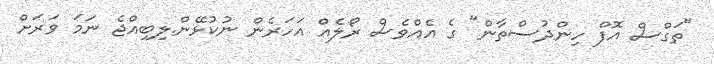
"ތަގްސް އޮފް ހިންދުސްތާން" ގެ އެއްވެސް ރޯލެއް އަހަރެން ނުކުޅޭން.ލިބިއްޖެ ނަމަ ވަރަށް